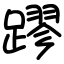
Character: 蹘